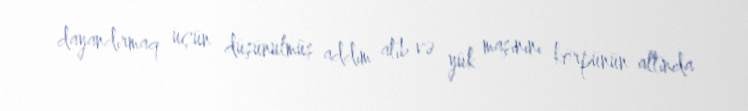
dayandırmaq üçün düşünülmüş addım atıb və yük maşınını körpünün altında